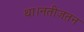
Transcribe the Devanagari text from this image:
था।नतीजतन